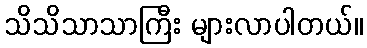
သိသိသာသာကြီး များလာပါတယ်။